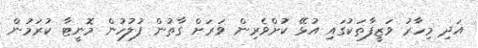
އަދި މިހާރު ވަޒީފާތަކުގައި އުޅޭ ކުށްވެރިން ވަރަށް ގާތުން ފުލުހުން މޮނީޓާ ކުރަމުން